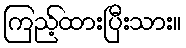
ကြည့်ထားပြီးသား။